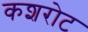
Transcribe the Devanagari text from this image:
कशरोट